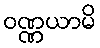
ဝဏ္ဏယာမိ